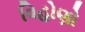
વિહોણો